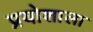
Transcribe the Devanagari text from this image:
प्रयोशाला